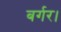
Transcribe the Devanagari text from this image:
बर्गर।